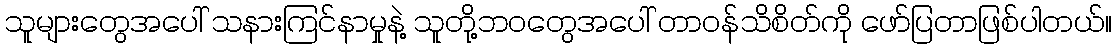
သူများတွေအပေါ် သနားကြင်နာမှုနဲ့ သူတို့ဘဝတွေအပေါ် တာဝန်သိစိတ်ကို ဖော်ပြတာဖြစ်ပါတယ်။